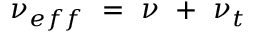
\nu _ { e f f } ~ = ~ \nu ~ + ~ \nu _ { t }